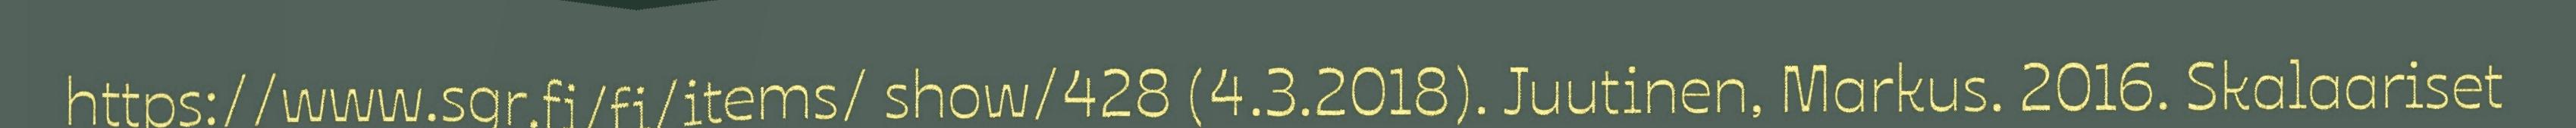
https://www.sgr.fi/fi/items/ show/428 (4.3.2018). Juutinen, Markus. 2016. Skalaariset